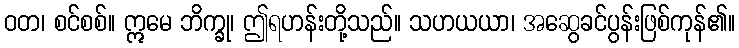
ဝတ၊ စင်စစ်။ ဣမေ ဘိက္ခု၊ ဤရဟန်းတို့သည်။ သဟယယာ၊ အဆွေခင်ပွန်းဖြစ်ကုန်၏။